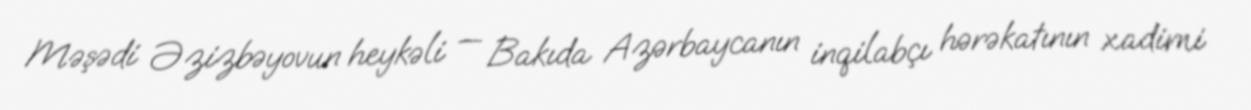
Məşədi Əzizbəyovun heykəli — Bakıda Azərbaycanın inqilabçı hərəkatının xadimi